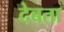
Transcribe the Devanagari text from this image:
देबता